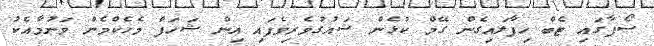
ސޯފާގައި ޓެބް ހިފާލައިގެން ގޭމް ކުޅެން ޝައުގުވެރިވެފައި އިން ޝަހަފް މެހެކްމެން ވަނުމާއެކު